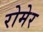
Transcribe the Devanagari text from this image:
रोमेर